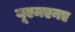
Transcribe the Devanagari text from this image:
यूएमएनए